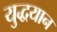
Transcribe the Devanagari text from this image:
युद्धयान